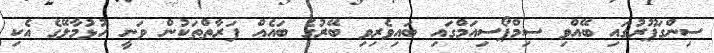
ސިންގަޕޫރުގައި ބޭއްވި ސިމްޕޯސިއަމްގައި ބައިވެރިވި ބޭރުގެ ބައެއް ފަރާތްތަކުން ވަނީ ހުޅުމާލޭގެ އެކި